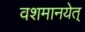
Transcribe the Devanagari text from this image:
वशमानयेत्